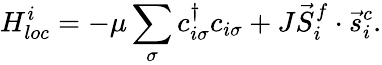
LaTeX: H_{loc}^{i}=-\mu\sum_{\sigma}c_{i\sigma}^{\dagger}c_{i\sigma}+J\vec{S}_{i}^{f}\cdot\vec{s}_{i}^{c}.